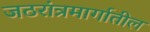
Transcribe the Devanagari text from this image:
जठरांत्रमार्गातील